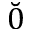
\breve { 0 }